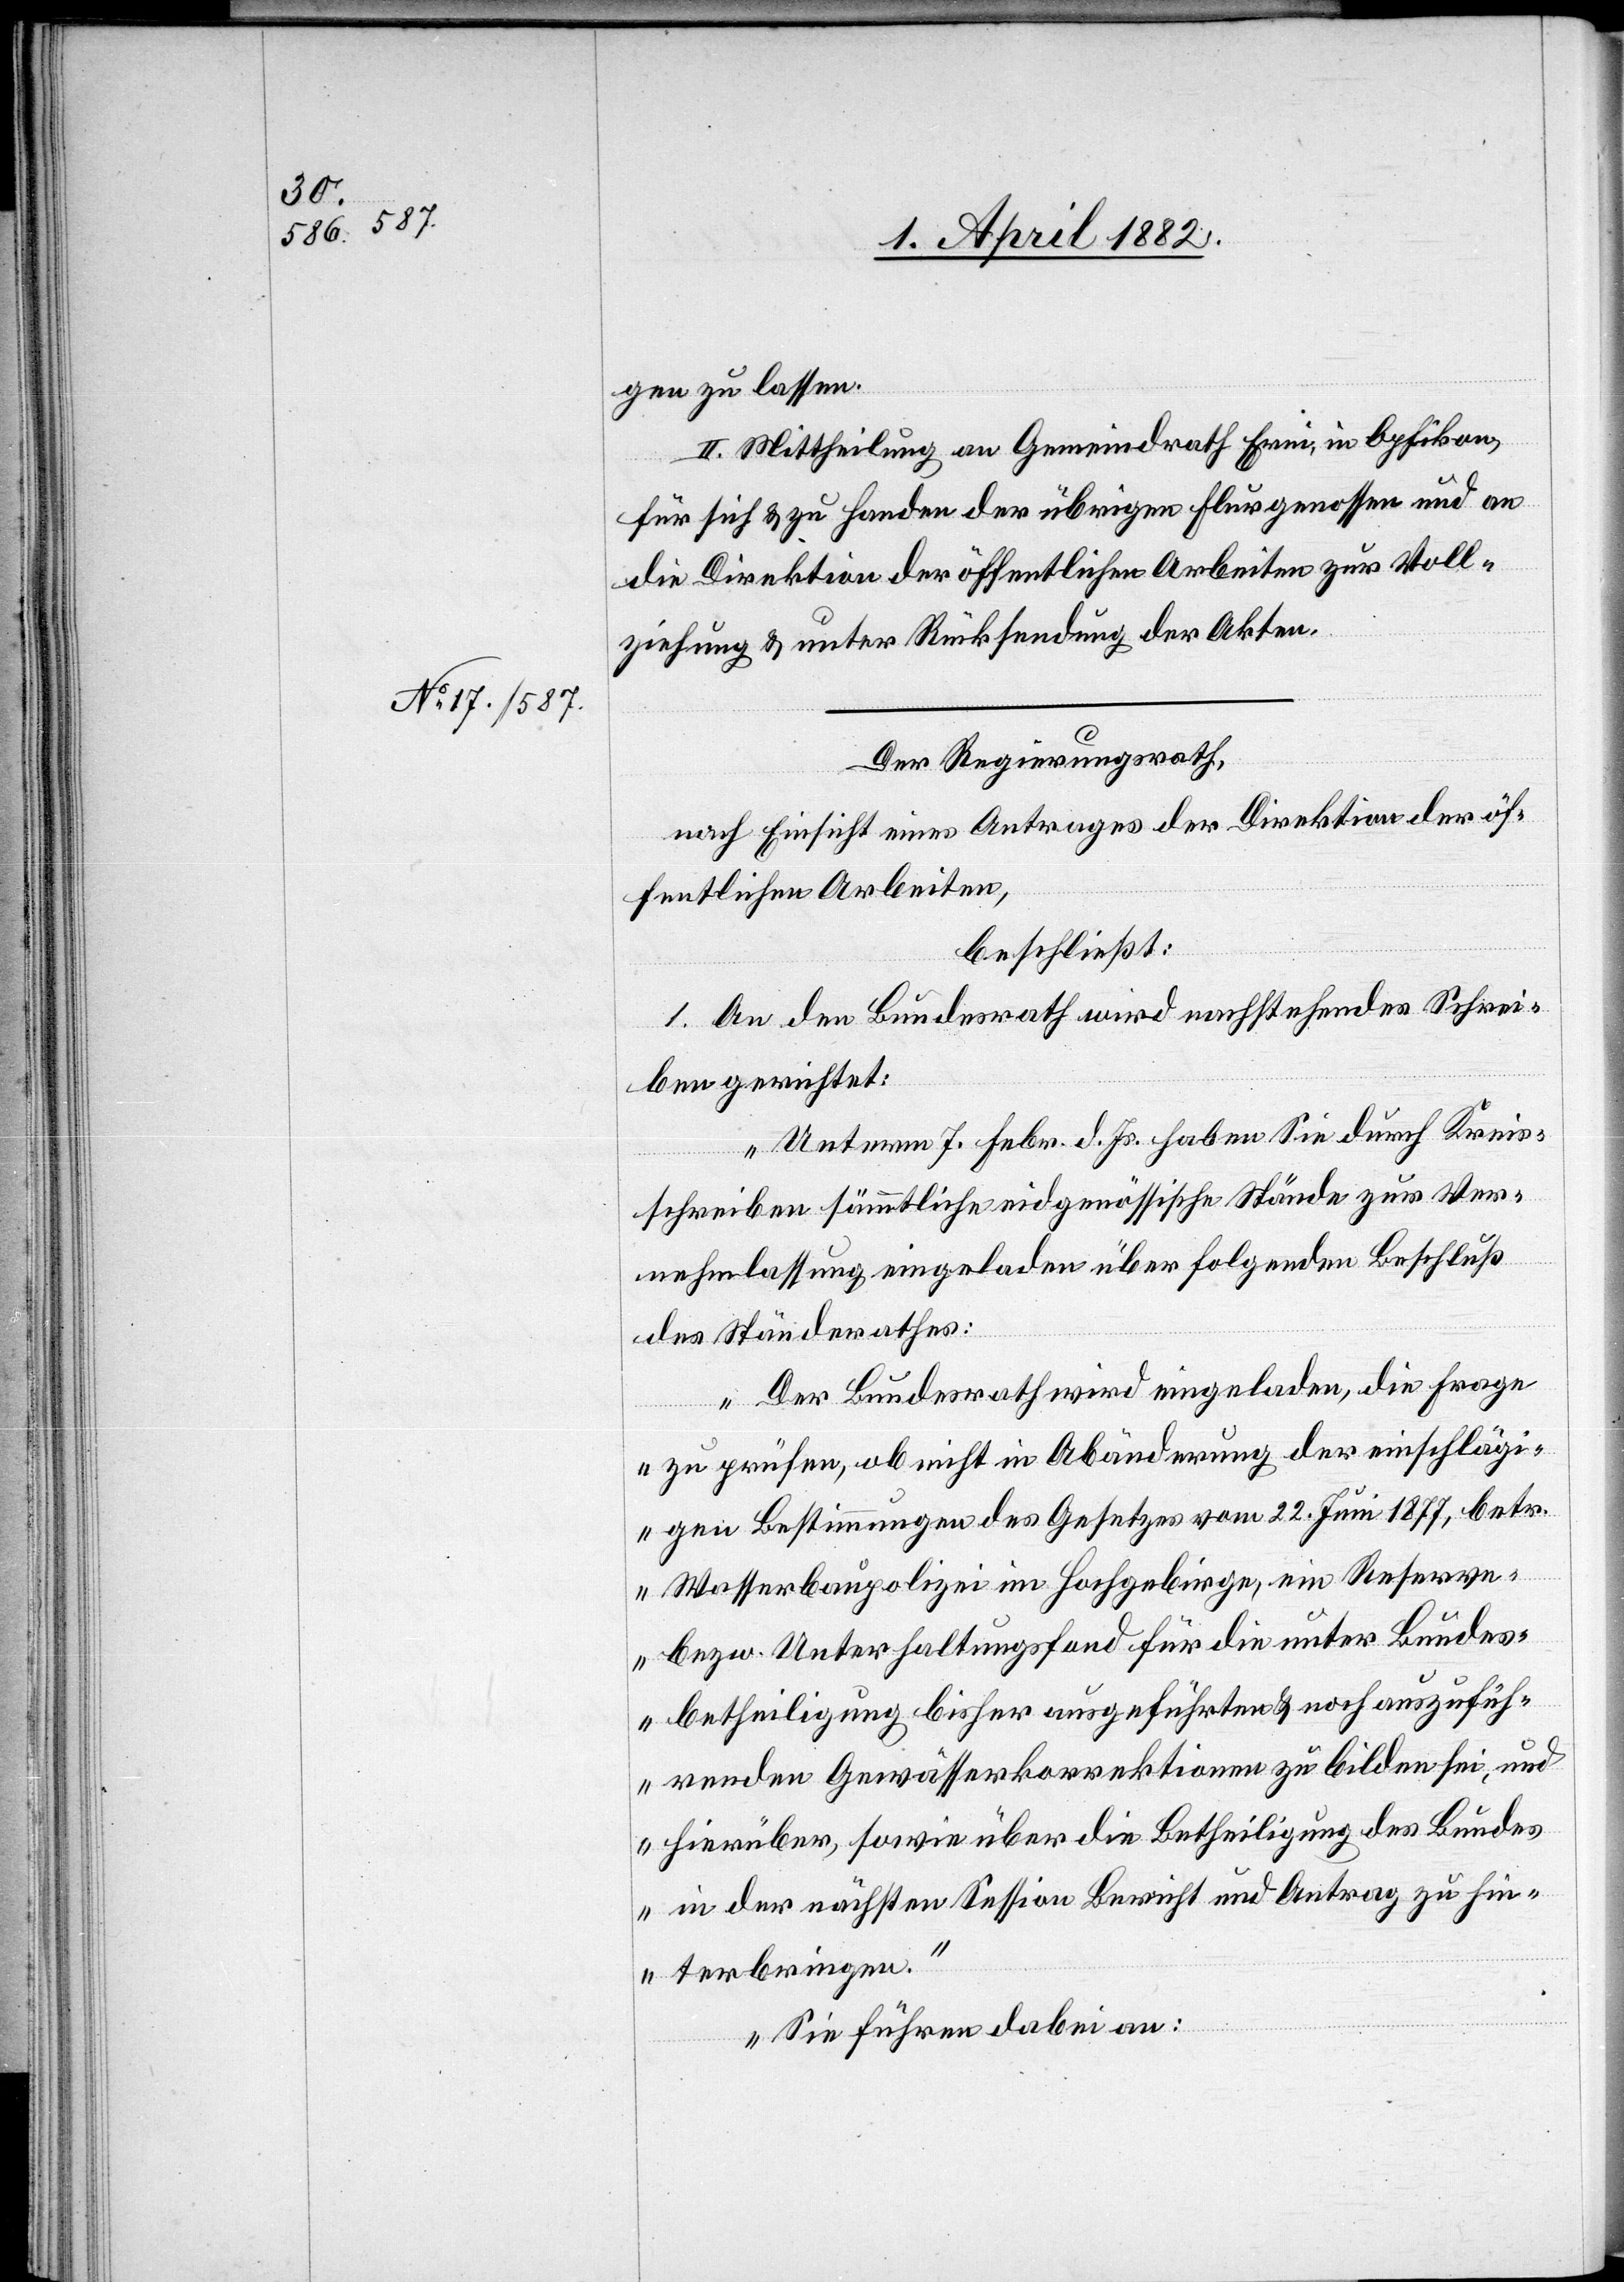
gen zu lassen.
II. Mittheilung an Gemeindrath Erni, in Opfikon,
für sich & zu Handen der übrigen Flurgenossen und an
die Direktion der öffentlichen Arbeiten zur Voll¬
ziehung & unter Rücksendung der Akten.
Der Regierungsrath,
nach Einsicht eines Antrages der Direktion der öf¬
fentlichen Arbeiten,
beschließt:
1. An den Bundesrath wird nachstehendes Schrei¬
ben gerichtet:
„Unterm 7. Febr. d. Js. haben Sie durch Kreis¬
schreiben sämmtliche eidgenössische Stände zur Ver¬
nehmlassung eingeladen über folgenden Beschluß
des Ständerathes:
‚Der Bundesrath wird eingeladen, die Frage
zu prüfen, ob nicht in Abänderung der einschlägi¬
gen Bestimmungen des Gesetzes vom 22. Juni 1877, betr.
Wasserbaupolizei im Hochgebirge, ein Reserve-
bezw. Unterhaltungsfond für die unter Bundes¬
betheiligung bisher ausgeführten & noch auszufüh¬
renden Gewässerkorrektionen zu bilden sei, und
hierüber, sowie über die Betheiligung des Bundes
in der nächsten Session Bericht und Antrag zu hin¬
terbringen.‘
Sie führen dabei an: